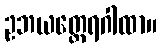
ဥဘယတ္ထေရဂါထာ။